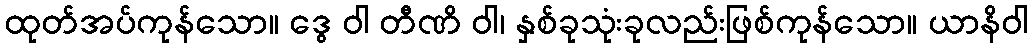
ထုတ်အပ်ကုန်သော။ ဒွေ ဝါ တီဏိ ဝါ၊ နှစ်ခုသုံးခုလည်းဖြစ်ကုန်သော။ ယာနိဝါ